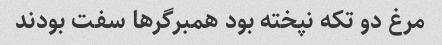
مرغ دو تکه نپخته بود همبرگر‌ها سفت بودند